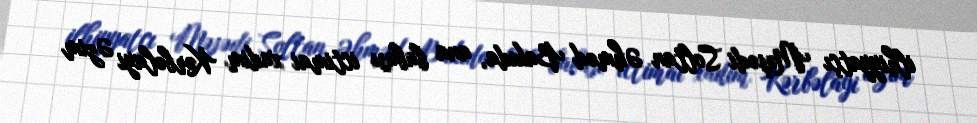
ilhiyyatçı Məşədi Soltan Əhməd Bakıda, ana babası ictimai xadim Kərbəlayi Əzim